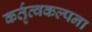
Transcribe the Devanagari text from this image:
कर्तृत्वकल्पना